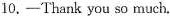
10,—Thank you so much.